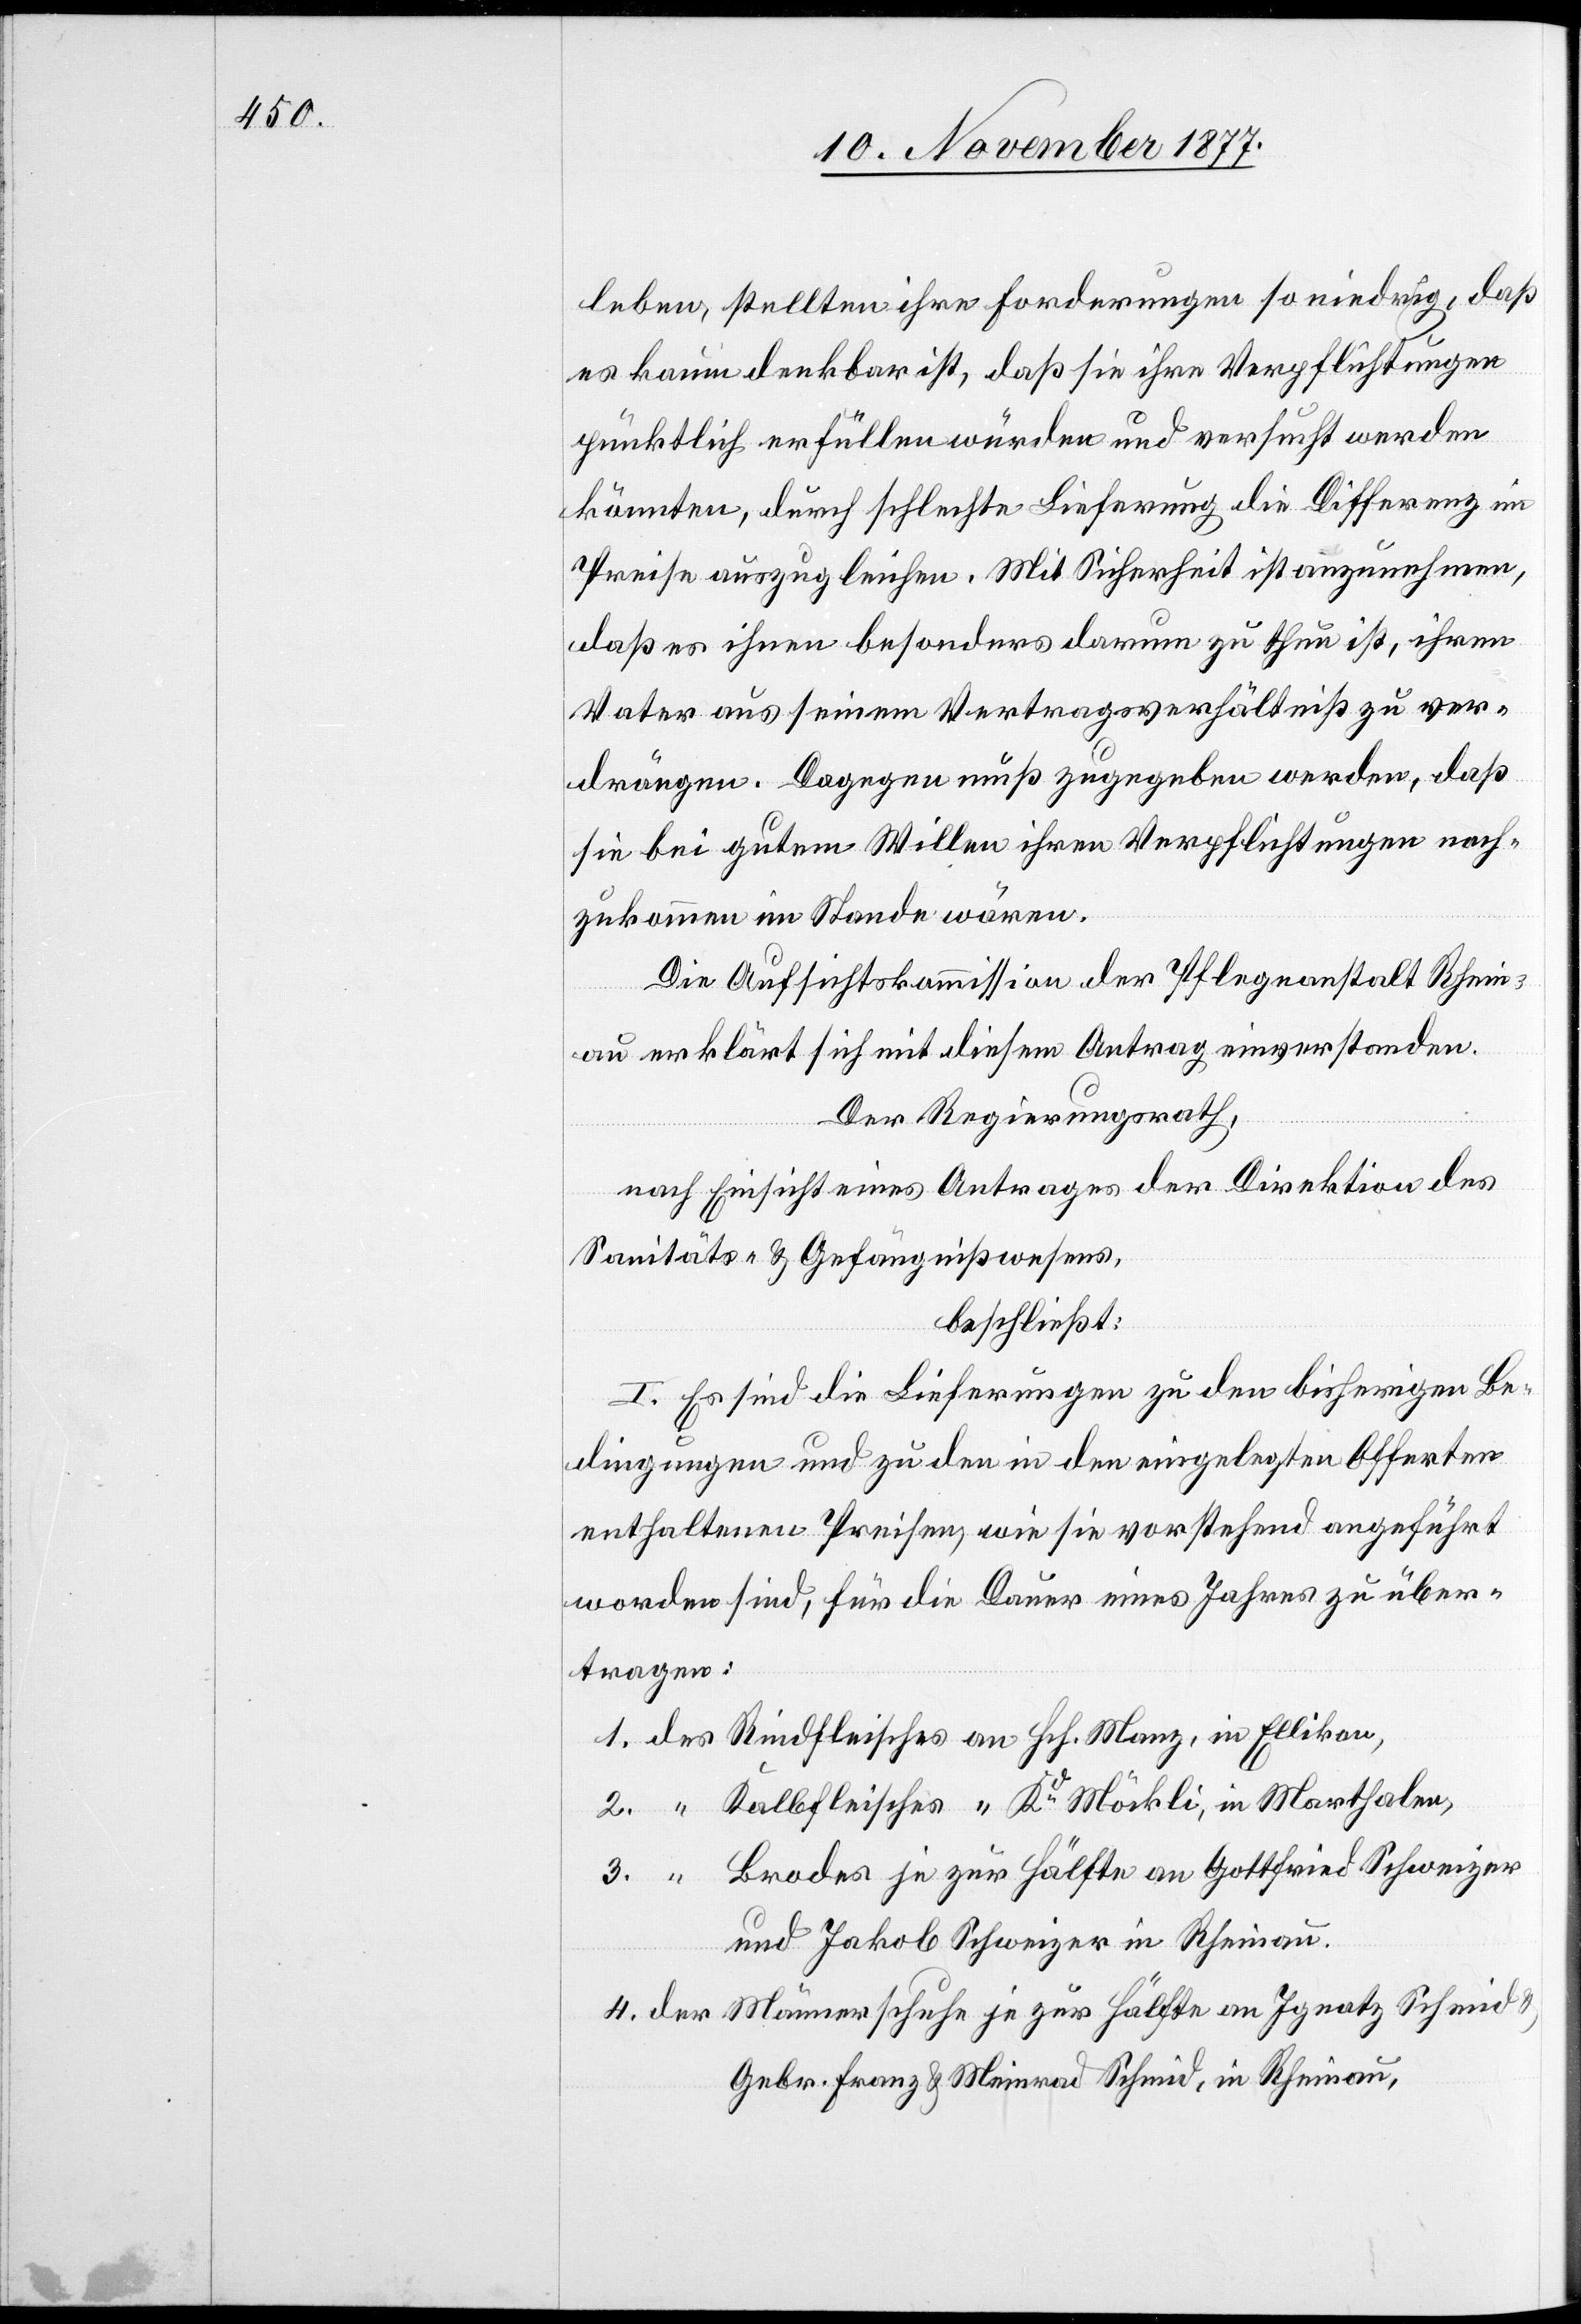
leben, stellten ihre Forderungen so niedrig, daß
es kaum denkbar ist, daß sie ihre Verpflichtungen
pünktlich erfüllen würden und versucht werden
könnten, durch schlechte Lieferung die Differenz im
Preise auszugleichen. Mit Sicherheit ist anzunehmen,
daß es ihnen besonders darum zu thun ist, ihren
Vater aus seinem Vertragsverhältniß zu ver¬
drängen. Dagegen muß zugegeben werden, daß
sie bei gutem Willen ihren Verpflichtungen nach¬
zukommen im Stande wären.
Die Aufsichtskommission der Pflegeanstalt Rhein¬
au erklärt sich mit diesem Antrag einverstanden.
Der Regierungsrath,
nach Einsicht eines Antrages der Direktion des
Sanitäts- & Gefängnißwesens,
beschließt:
I. Es sind die Lieferungen zu den bisherigen Be¬
dingungen und zu den in den eingelegten Offerten
enthaltenen Preisen, wie sie vorstehend angeführt
worden sind, für die Dauer eines Jahres zu über¬
tragen:
des Rindfleisches an Hch. Manz, in Ellikon,
“ Kalbfleisches “ Kd Möckli, in Marthalen,
“ Brodes je zur Hälfte an Gottfried Schweizer
und Jakob Schweizer in Rheinau.
der Männerschuhe je zur Hälfte an Ignatz Schmid
Gebr. Franz & Meinrad Schmid, in Rheinau,